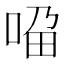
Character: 𱒼